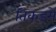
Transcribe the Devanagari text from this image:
तिकड़में